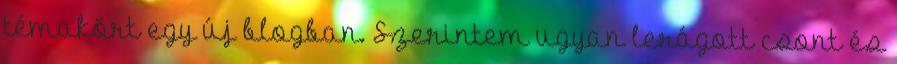
témakört egy új blogban. Szerintem ugyan lerágott csont és